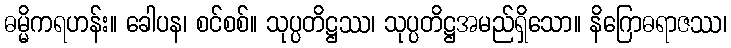
ဓမ္မိကရဟန်း။ ခေါပန၊ စင်စစ်။ သုပ္ပတိဋ္ဌဿ၊ သုပ္ပတိဋ္ဌအမည်ရှိသော။ နိဂြောဓရာဇဿ၊